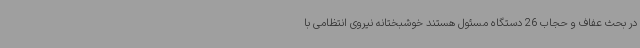
در بحث عفاف و حجاب 26 دستگاه مسئول هستند خوشبختانه نیروی انتظامی با